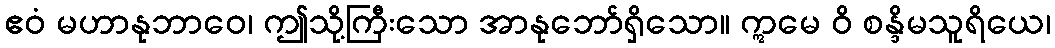
ဧဝံ မဟာနုဘာဝေ၊ ဤသို့ကြီးသော အာနုဘော်ရှိသော။ ဣမေ ဝိ စန္ဒိမသူရိယေ၊